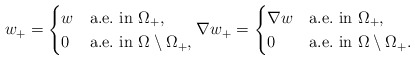
\begin{align*}w_+=\begin{cases} w&\mbox{a.e.~in }\Omega_+,\\ 0&\mbox{a.e.~in }\Omega\setminus \Omega_+, \end{cases}\nabla w_+=\begin{cases} \nabla w&\mbox{a.e.~in }\Omega_+,\\ 0&\mbox{a.e.~in }\Omega\setminus \Omega_+. \end{cases}\end{align*}